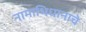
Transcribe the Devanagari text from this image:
नामाभिधानाचे